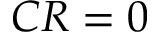
C R = 0